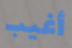
أغيب